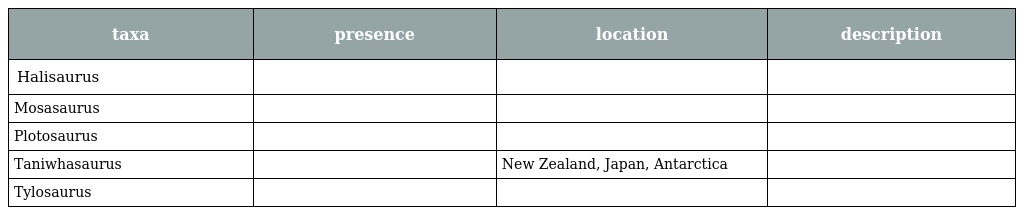
| taxa | presence | location | description |
 | --- | --- | --- | --- |
 | Halisaurus |  |  |  |
 | Mosasaurus |  |  |  |
 | Plotosaurus |  |  |  |
 | Taniwhasaurus |  | New Zealand, Japan, Antarctica |  |
 | Tylosaurus |  |  |  |